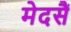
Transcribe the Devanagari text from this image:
मेदसैं